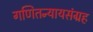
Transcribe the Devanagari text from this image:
गणितन्यायसंग्रह